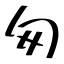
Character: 匆